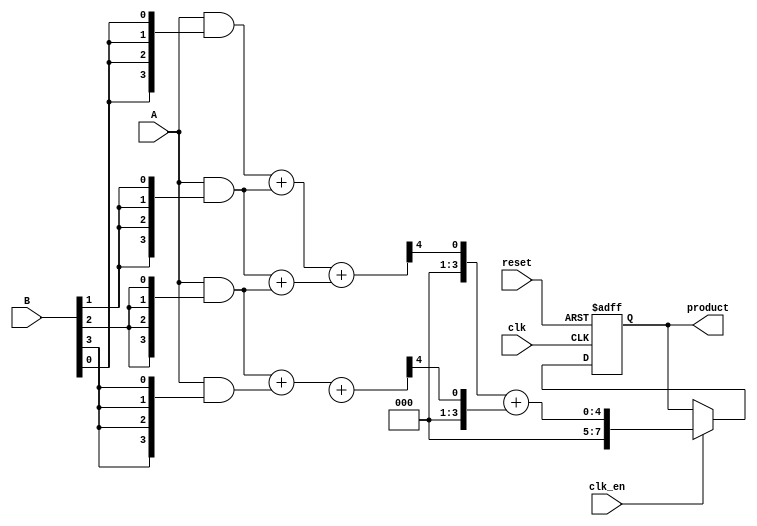
module wallace_tree_multiplier #(parameter N = 4) (
    input wire [N-1:0] A,
    input wire [N-1:0] B,
    input wire clk,
    input wire reset,
    input wire clk_en,
    output reg [2*N-1:0] product
);

// Partial product generation
wire [N-1:0] pp [0:N-1]; // Partial products
genvar i;
generate
    for (i = 0; i < N; i = i + 1) begin : pp_gen
        assign pp[i] = A & {N{B[i]}};
    end
endgenerate

// Wallace tree reduction
wire [N-1:0] sum [0:N-1]; // Sums
wire [N-1:0] carry [0:N-1]; // Carries

// Stage 1: Combine partial products using HAs and FAs
generate
    for (i = 0; i < N-1; i = i + 1) begin : stage1
        if (i % 2 == 0) begin
            assign {carry[i], sum[i]} = pp[i] + pp[i+1]; // Full Adder
        end else begin
            assign {carry[i], sum[i]} = {1'b0, pp[i]} + {1'b0, pp[i+1]}; // Half Adder
        end
    end
endgenerate

// Stage 2: Further reduction
wire [N-1:0] sum2 [0:N/2-1];
wire [N-1:0] carry2 [0:N/2-1];

generate
    for (i = 0; i < N/2; i = i + 1) begin : stage2
        assign {carry2[i], sum2[i]} = sum[i*2] + sum[i*2+1]; // Full Adder
    end
endgenerate

// Final addition
wire [N-1:0] final_sum;
wire [N-1:0] final_carry;

assign {final_carry, final_sum} = carry2[0] + carry2[1]; // Final addition

// Output product
always @(posedge clk or posedge reset) begin
    if (reset) begin
        product <= 0;
    end else if (clk_en) begin
        product <= {final_carry, final_sum}; // Concatenate carry and sum
    end
end

endmodule